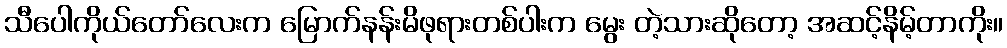
သီပေါကိုယ်တော်လေးက မြောက်နန်းမိဖုရားတစ်ပါးက မွေး တဲ့သားဆိုတော့ အဆင့်နိမ့်တာကိုး။